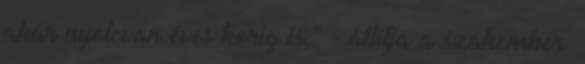
akár nyolcvan éves korig is." - állítja a szakember.